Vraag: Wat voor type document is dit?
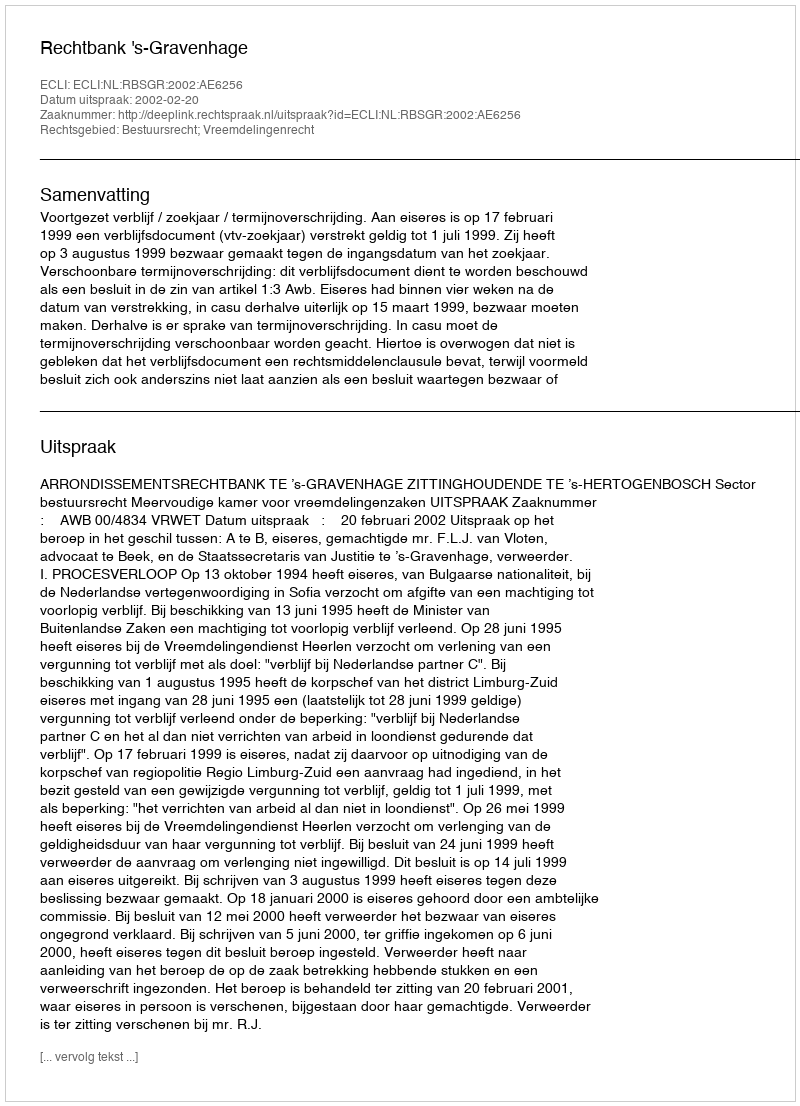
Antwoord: Uitspraak